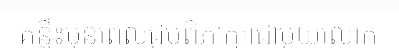
គន្លឹះមុនពេលជួបពិភាក្សាជាមួយលោក